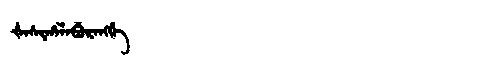
Manchu: ᡧᠠᠰᡳᡥᠠᠯᠠᠪᡠᡵᠠᠩᡤᡝ
Romanization: ŠASIHALABURANGGE